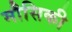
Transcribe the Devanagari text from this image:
मौसिकी